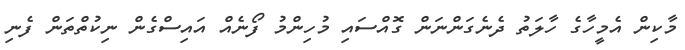
މާކިން އެމީހާގެ ހާލަތު ދެނެގަންނަން ގޮއްސައި މުހިންމު ފޯނެއް އައިސްގެން ނިކުތްތަން ފެނި